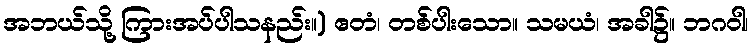
အဘယ်သို့ ကြားအပ်ပါသနည်း။) ဧတံ၊ တစ်ပါးသော။ သမယံ၊ အခါ၌။ ဘဂဝါ၊